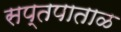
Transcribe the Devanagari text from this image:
सप्तपाताळ